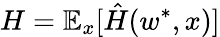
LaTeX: H=\mathbb{E}_{x}[\hat{H}(w^{*},x)]